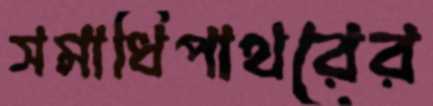
সমাধিপাথরের